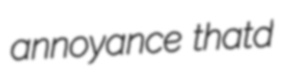
annoyance thatd